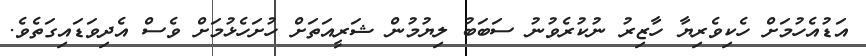
އަޑުއެހުމަށް ހެކިވެރިޔާ ހާޒިރު ނުކުރެވުނު ސަބަބު ލިޔުމުން ޝަރީއަތަށް ހުށަހެޅުމަށް ވެސް އެދިވަޑައިގަތެވެ.